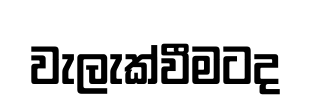
වැලැක්වීමටද